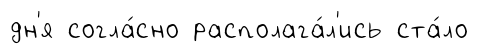
дн'я согла́сно располага́л'ись ста́ло